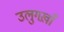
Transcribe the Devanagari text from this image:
उलुगख़ाँ